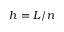
h = L / n